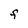
Character: F